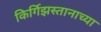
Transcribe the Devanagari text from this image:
किर्गिझस्तानाच्या